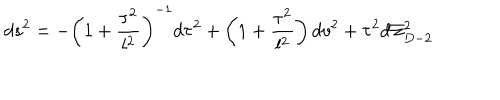
d s ^ { 2 } = - \left( 1 + \frac { \tau ^ { 2 } } { l ^ { 2 } } \right) ^ { - 1 } d \tau ^ { 2 } + \left( 1 + \frac { \tau ^ { 2 } } { l ^ { 2 } } \right) d v ^ { 2 } + \tau ^ { 2 } d \Sigma _ { D - 2 } ^ { 2 }